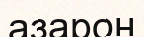
азарон